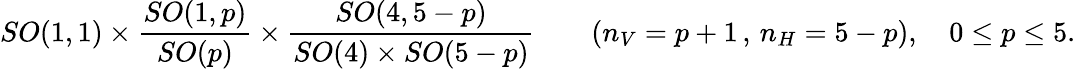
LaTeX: SO(1,1)\times\frac{SO(1,p)}{SO(p)}\times\frac{SO(4,5-p)}{SO(4)\times SO(5-p)}\qquad(n_{V}=p+1\, ,\, n_{H}=5-p),\quad 0\leq p\leq 5.